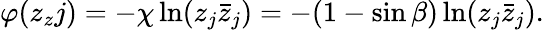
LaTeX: \varphi(z_{z}j)=-\chi\ln(z_{j}\bar{z}_{j})=-(1-\sin\beta)\ln(z_{j}\bar{z}_{j}).